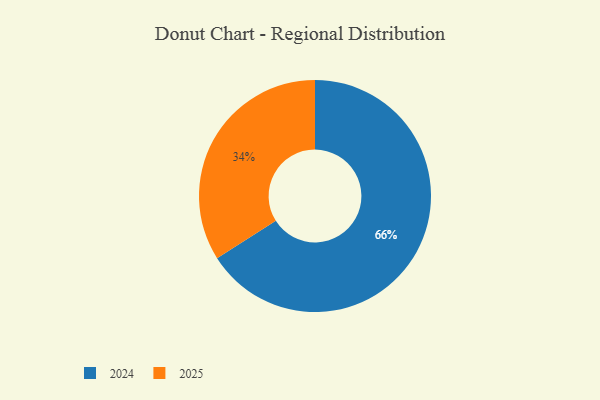
{"axis": {"x": "Category", "y": "Percentage"}, "legend": ["2024", "2025"], "data": [{"x": "2024", "y": 66, "type": "2024"}, {"x": "2025", "y": 34, "type": "2025"}]}